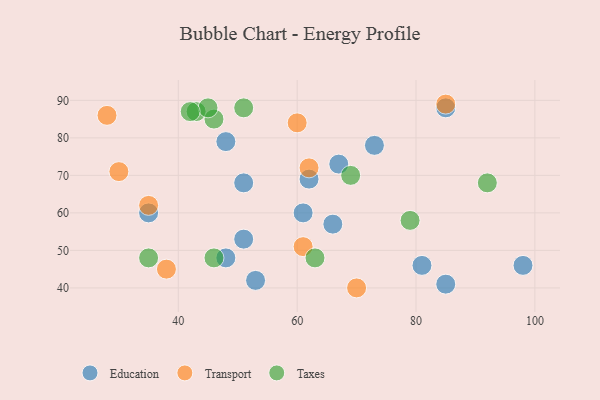
{"axis": {"x": "GDP", "y": "Life Expectancy"}, "legend": ["Education", "Taxes", "Transport"], "data": [{"x": "48", "y": 48, "type": "Education"}, {"x": "81", "y": 46, "type": "Education"}, {"x": "61", "y": 60, "type": "Education"}, {"x": "73", "y": 78, "type": "Education"}, {"x": "51", "y": 68, "type": "Education"}, {"x": "48", "y": 79, "type": "Education"}, {"x": "35", "y": 60, "type": "Education"}, {"x": "67", "y": 73, "type": "Education"}, {"x": "85", "y": 41, "type": "Education"}, {"x": "51", "y": 53, "type": "Education"}, {"x": "62", "y": 69, "type": "Education"}, {"x": "66", "y": 57, "type": "Education"}, {"x": "53", "y": 42, "type": "Education"}, {"x": "85", "y": 88, "type": "Education"}, {"x": "98", "y": 46, "type": "Education"}, {"x": "85", "y": 89, "type": "Transport"}, {"x": "30", "y": 71, "type": "Transport"}, {"x": "61", "y": 51, "type": "Transport"}, {"x": "35", "y": 62, "type": "Transport"}, {"x": "38", "y": 45, "type": "Transport"}, {"x": "60", "y": 84, "type": "Transport"}, {"x": "62", "y": 72, "type": "Transport"}, {"x": "70", "y": 40, "type": "Transport"}, {"x": "28", "y": 86, "type": "Transport"}, {"x": "43", "y": 87, "type": "Taxes"}, {"x": "79", "y": 58, "type": "Taxes"}, {"x": "69", "y": 70, "type": "Taxes"}, {"x": "46", "y": 85, "type": "Taxes"}, {"x": "46", "y": 48, "type": "Taxes"}, {"x": "45", "y": 88, "type": "Taxes"}, {"x": "51", "y": 88, "type": "Taxes"}, {"x": "42", "y": 87, "type": "Taxes"}, {"x": "63", "y": 48, "type": "Taxes"}, {"x": "92", "y": 68, "type": "Taxes"}, {"x": "35", "y": 48, "type": "Taxes"}]}